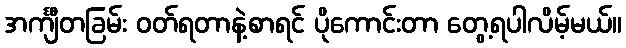
အင်္ကျီတခြမ်း ဝတ်ရတာနဲ့စာရင် ပိုကောင်းတာ တွေ့ရပါလိမ့်မယ်။